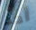
أحد